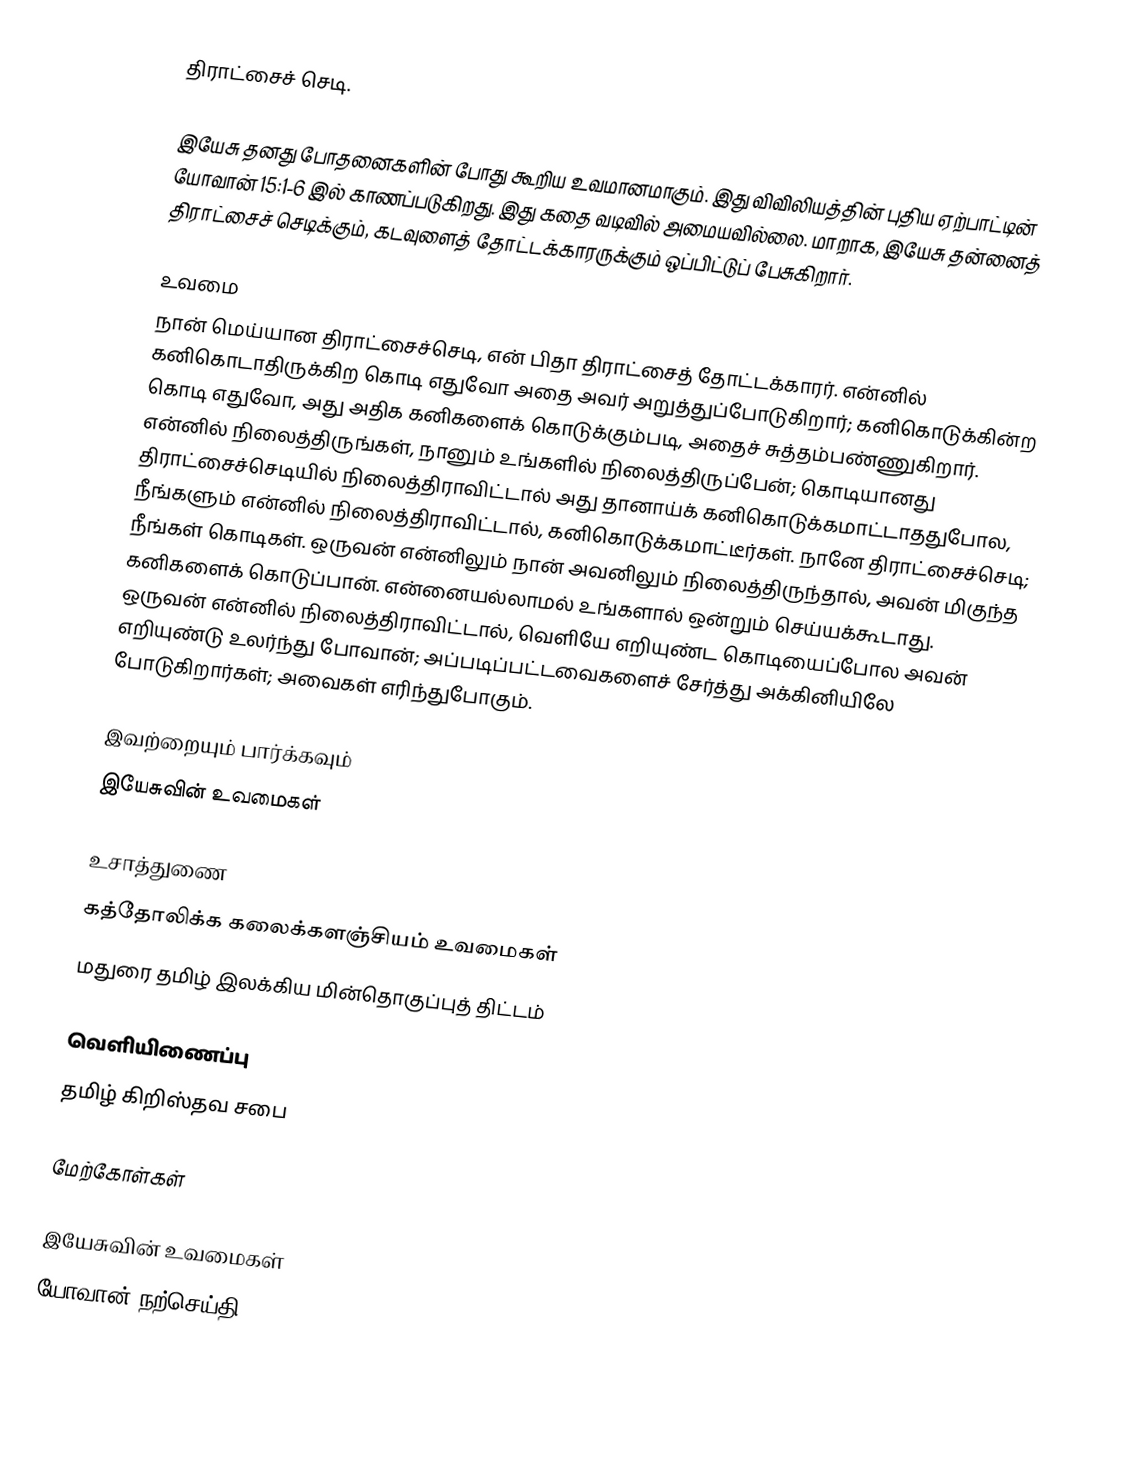
திராட்சைச் செடி.

இயேசு தனது போதனைகளின் போது கூறிய உவமானமாகும். இது விவிலியத்தின் புதிய ஏற்பாட்டின் யோவான் 15:1-6 இல் காணப்படுகிறது. இது கதை வடிவில் அமையவில்லை. மாறாக, இயேசு தன்னைத் திராட்சைச் செடிக்கும், கடவுளைத் தோட்டக்காரருக்கும் ஒப்பிட்டுப் பேசுகிறார்.

உவமை
நான் மெய்யான திராட்சைச்செடி, என் பிதா திராட்சைத் தோட்டக்காரர். என்னில் கனிகொடாதிருக்கிற கொடி எதுவோ அதை அவர் அறுத்துப்போடுகிறார்; கனிகொடுக்கின்ற கொடி எதுவோ, அது அதிக கனிகளைக் கொடுக்கும்படி, அதைச் சுத்தம்பண்ணுகிறார். என்னில் நிலைத்திருங்கள், நானும் உங்களில் நிலைத்திருப்பேன்; கொடியானது திராட்சைச்செடியில் நிலைத்திராவிட்டால் அது தானாய்க் கனிகொடுக்கமாட்டாததுபோல, நீங்களும் என்னில் நிலைத்திராவிட்டால், கனிகொடுக்கமாட்டீர்கள். நானே திராட்சைச்செடி; நீங்கள் கொடிகள். ஒருவன் என்னிலும் நான் அவனிலும் நிலைத்திருந்தால், அவன் மிகுந்த கனிகளைக் கொடுப்பான். என்னையல்லாமல் உங்களால் ஒன்றும் செய்யக்கூடாது. ஒருவன் என்னில் நிலைத்திராவிட்டால், வெளியே எறியுண்ட கொடியைப்போல அவன் எறியுண்டு உலர்ந்து போவான்; அப்படிப்பட்டவைகளைச் சேர்த்து அக்கினியிலே போடுகிறார்கள்; அவைகள் எரிந்துபோகும்.

இவற்றையும் பார்க்கவும்
 இயேசுவின் உவமைகள்

உசாத்துணை
கத்தோலிக்க கலைக்களஞ்சியம் உவமைகள்
மதுரை தமிழ் இலக்கிய மின்தொகுப்புத் திட்டம்

வெளியிணைப்பு
 தமிழ் கிறிஸ்தவ சபை

மேற்கோள்கள்

இயேசுவின் உவமைகள்
யோவான் நற்செய்தி